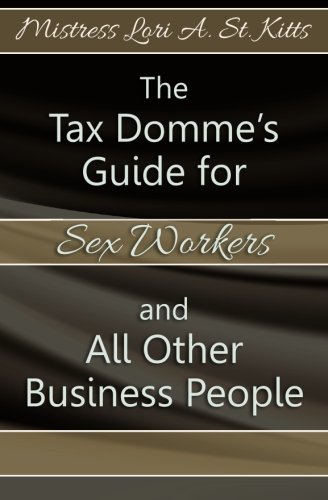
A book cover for The Tax Domme's Guide for Sex Workers and All Other Business People; Mistress Lori A. St. Kitts; Business & Money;